Janeda_(Ambla)_vallavalitsus, lk 14
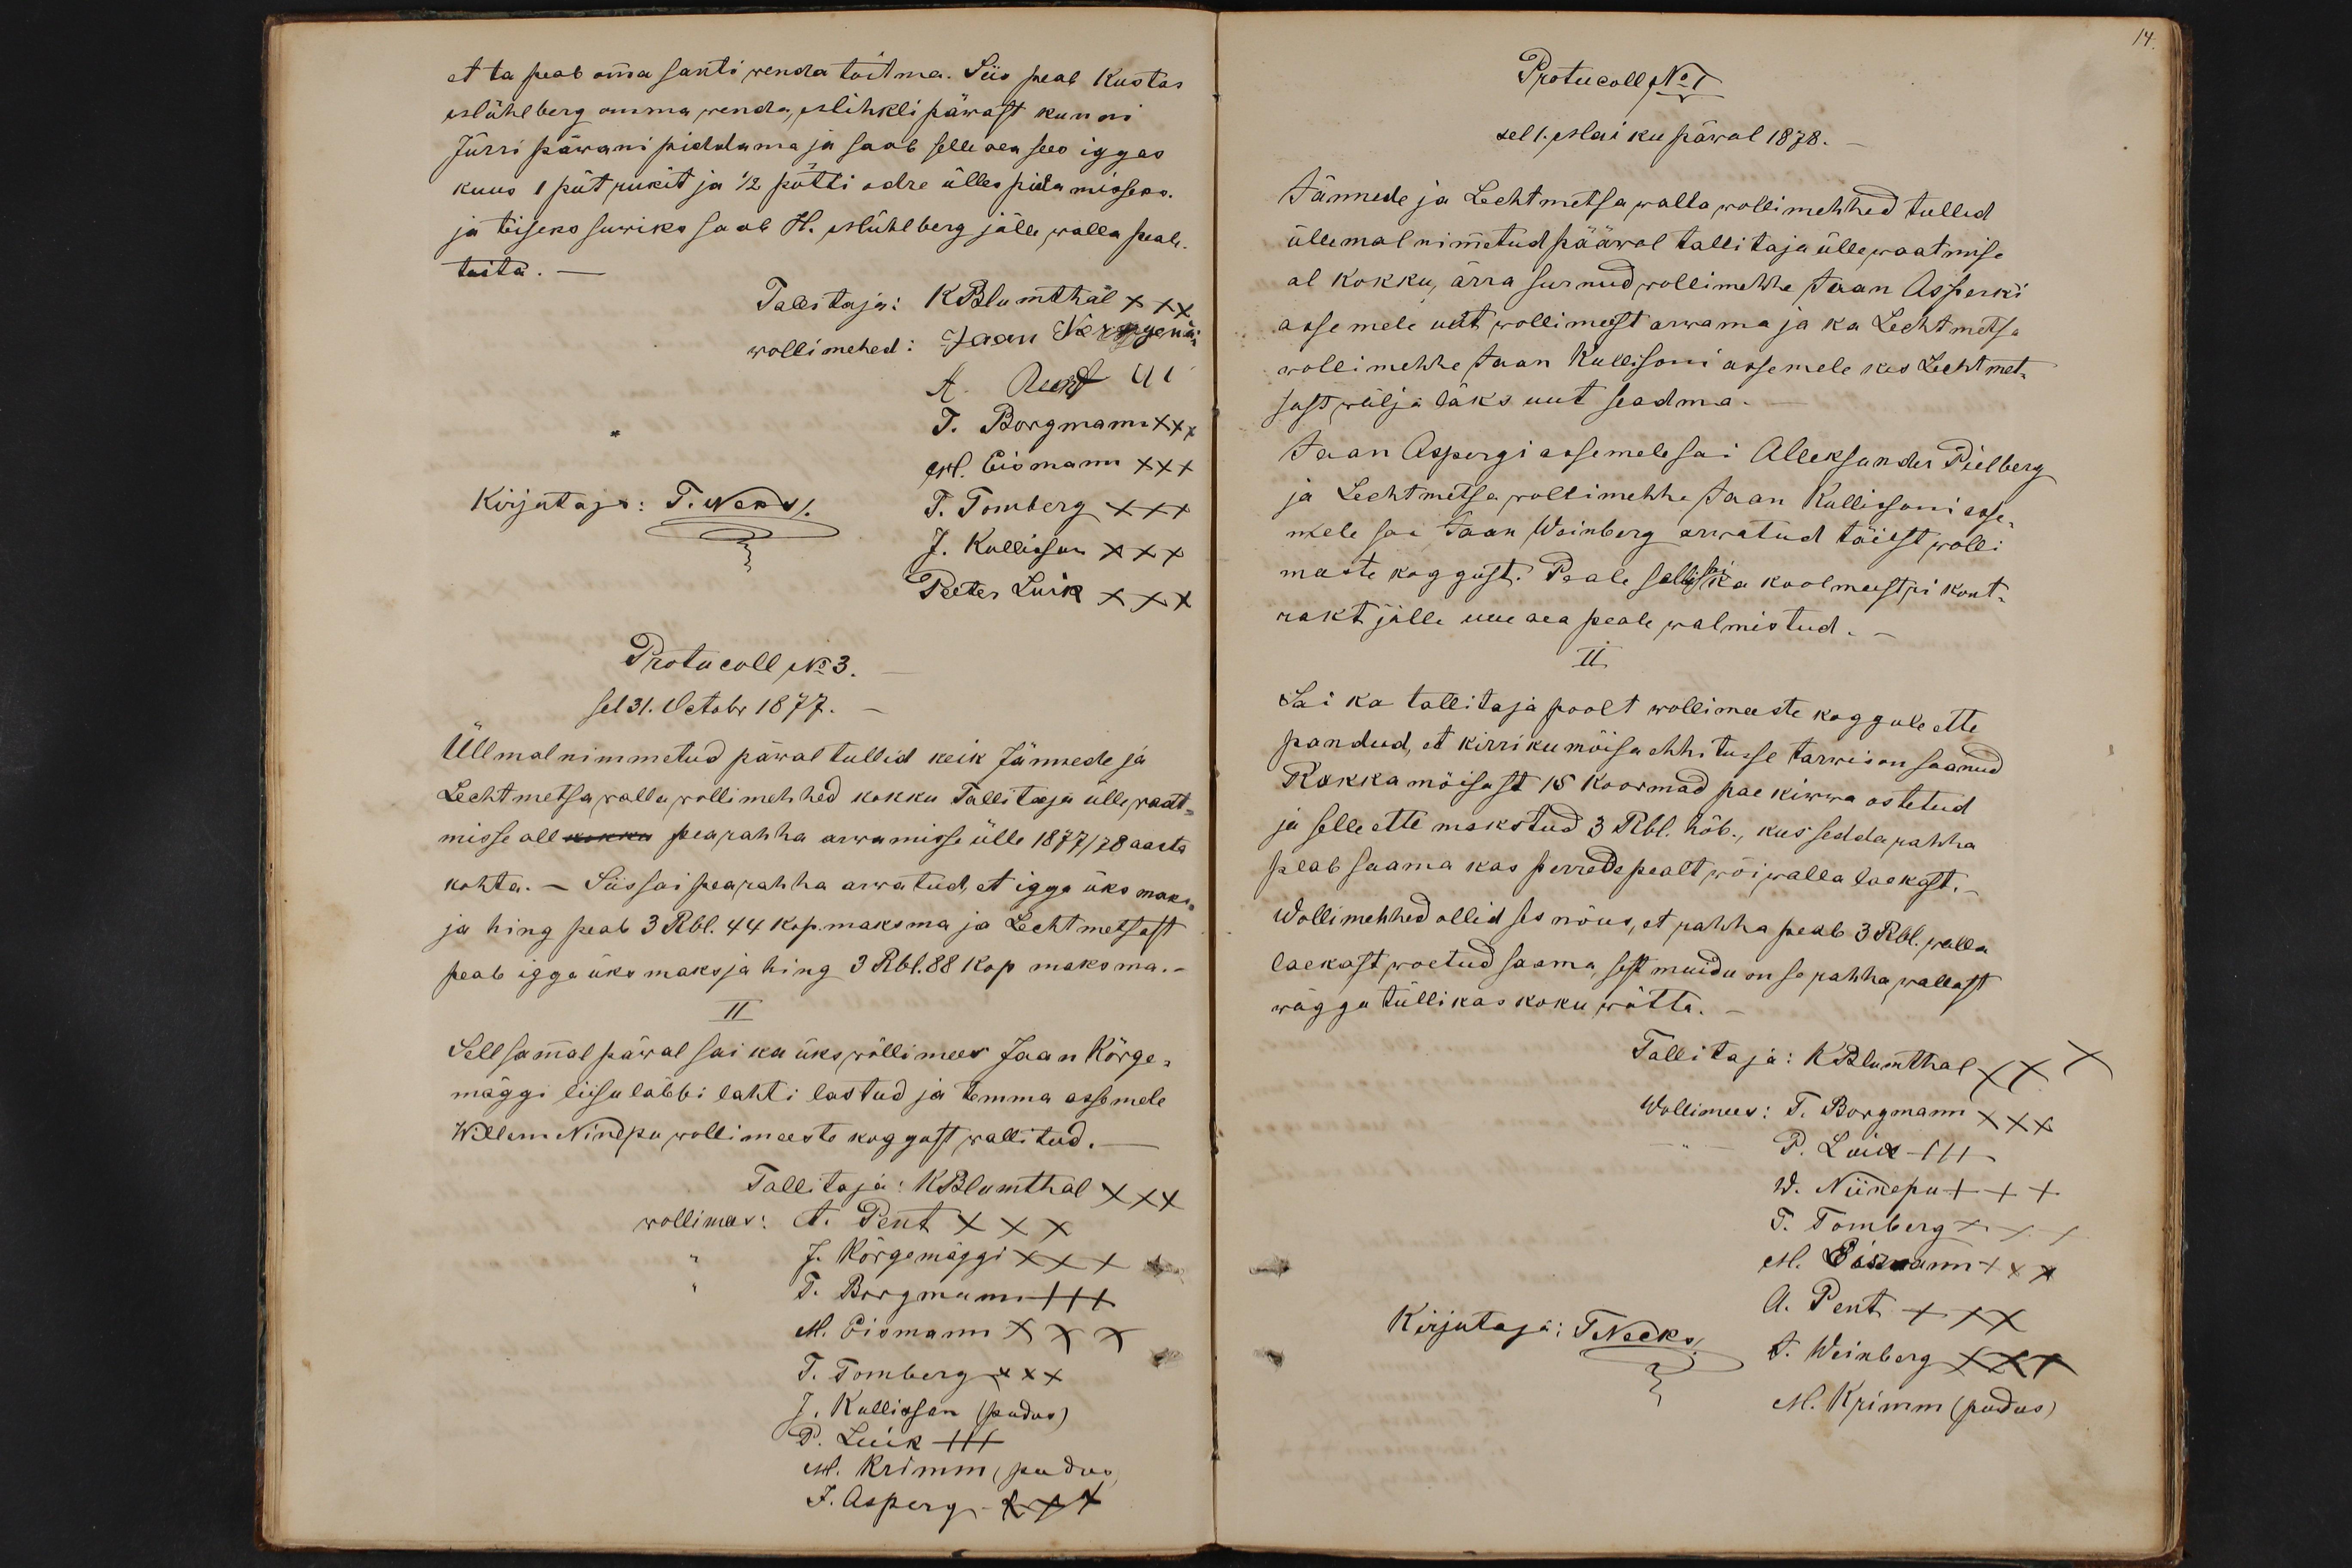
et ta peab omma santi wenda toitma. Siis peab Kustas
Mühlberg omma wenda, Mihkli päwast kunni
Jürri päwani piddama ja saab selle aea sees iggas
kuus 1 püt rukit ja 1/2 pütti odre ülles pidamisseks.
ja teiseks suwiks saab H. Mühlberg jälle walla peale
toita.
Tallitaja: KBlumthal XXX
wollimehed: Jaan Kõrggemägi
A. Pent III
T. Borgmann xxx
M. Eismann XXX
Kirjutaja: T. Neks/.
T. Tomberg XXX
J. Kullisson XXX
Peeter Luik XXX
Protucoll No 3.
sel 31. Octobr 1877.
Üllmal nimmetud päwal tullid keik Jännede ja
Lechtmetsa walla wolli mehhed kokku Tallitaja üllewaat-
misse all kokku pearahha arwamisse ülle 1877/78 aasta
kohta. - Siis sai pearahha arwatud, et igga üks maks
ja hing peab 3 Rbl. 44 kop. maksma ja Lechtmetsast
peab igga üks maksja hing 3 Rbl. 88 kop maksma.-
II
Sell sammal päwal sai ka üks wõllimees Jaan Kõrge-
mäggi liisu läbbi lahti lastud ja temma assemele
Willem Ninepu wollimeeste koggust wallitud.
Tallitaja: КBlumthal XXX
wollimees: A. Pent XXX
J. Kõrgemäggi XXX
T. Bergmann +++
M. Eismann XXX
T. Tomberg XXX
J. Kullisson (pudus)
P. Luik +++
M. Krimm (pudus
J. Asperg XXX

14.
Protucoll No 1
sel 1. Mai ku päwal 1878.
Jännede ja Lechtmetsa walla wollimehhed tullid
üllemal nimmetud pääwal tallitaja üllewaatmise
al kokku, ärra surnud wollimehhe Jaan Asperki
assemele uut wollimeest arwama ja ka Lechtmetsa
wollimehhe Jaan Kullisoni assemele kes Lechtmet-
sast wälja läks uut seadma.
Jaan Aspergi assemele sai Aleksander Pielberg
ja Lechtmetsa wollimehhe Jaan Kullissoni asse
mele sai Jaan Weinberg arwatud täiest wolli
meeste koggust. Peale selli sai ka koolmeestri kont-
rakt jälle uue aea peale walmistud.
II
Sai ka tallitaja poolt wolli meeste koggule ette
pandud, et kirriku mõisa ehhitusse tarwis on saanud
Rakka mõisast 15 koormad pae kiwwa ostetud
ja selle ette makstud 3 Rbl. hõb., kus sedda rahha
peab saama kas perrede pealt wõi walla laekast.
Wollimehhed ollid ses nõus, et rahha peab 3 Rbl. walla
laekast woetud saama, sest muidu on se rahha wallast
wägga tüllikas koku wõtta.
Tallitaja: KBlumthal XXX
Wollimees: T. Borgmann XXX
P. Luik +++
W. Niinepu +++
T. Tomberg XXX
M. Eismann XXX
Kirjutaja: TNecks
A. Pent XXX
J. Weinberg XXX
M. Krimm (pudus)